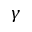
\gamma